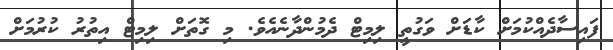
ފައިސާދެއްކުމަށް ކާޑަށް ވަގުތީ ލިމިޓް ދެމުންދާނެއެވެ. މި ގޮތަށް ލިމިޓް އިތުރު ކުރުމަށް